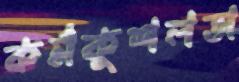
কর্মকুশলতা